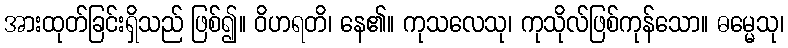
အားထုတ်ခြင်းရှိသည် ဖြစ်၍။ ဝိဟရတိ၊ နေ၏။ ကုသလေသု၊ ကုသိုလ်ဖြစ်ကုန်သော။ ဓမ္မေသု၊